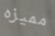
مميزه